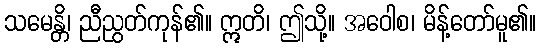
သမေန္တိ၊ ညီညွတ်ကုန်၏။ ဣတိ၊ ဤသို့။ အဝေါစ၊ မိန့်တော်မူ၏။